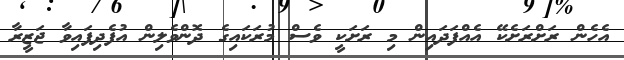
އެހެން ރަށްރަށެކޭ އެއްފަދައިން މި ރަށަކީ ވެސް މުރަކައިގެ ދޮންވެލިން އުފެދިފައިވާ ޖަޒީރާ